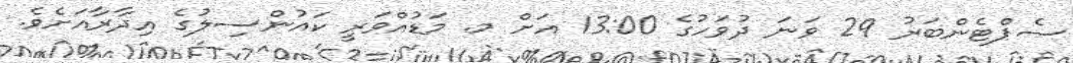
ސެޕްޓެންބަރު 29 ވަނަ ދުވަހުގެ 13:00 އަށް މ. މަޑުއްވަރީ ކައުންސިލުގެ އިދާރާއަށެވެ.